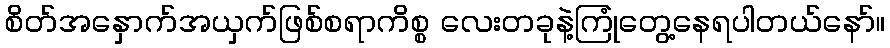
စိတ်အနှောက်အယှက်ဖြစ်စရာကိစ္စ လေးတခုနဲ့ကြုံတွေ့နေရပါတယ်နော်။